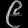
Digit: ၉